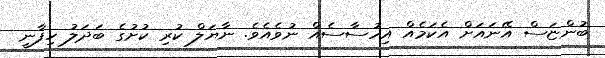
ބުންޏަސް އޭނައަށް އެކަމެއް އިހުސާސެއް ނުވެއެވެ. ނާޔަލް ކުރި ކުށުގެ ބަދަލު ހިފާނީ